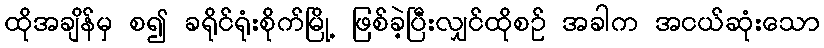
ထိုအချိန်မှ စ၍ ခရိုင်ရုံးစိုက်မြို့ ဖြစ်ခဲ့ပြီးလျှင်ထိုစဉ် အခါက အငယ်ဆုံးသော